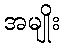
အမျိုး